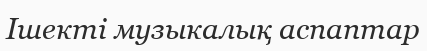
Ішекті музыкалық аспаптар